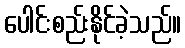
ပေါင်းစည်းနိုင်ခဲ့သည်။